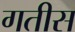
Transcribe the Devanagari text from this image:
गतीस